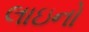
લાઇનો